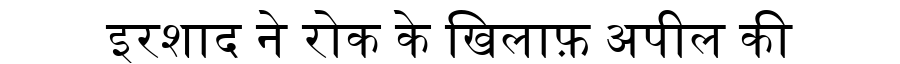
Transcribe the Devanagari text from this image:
इरशाद ने रोक के खिलाफ़ अपील की